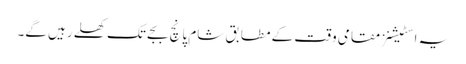
یہ اسٹیشنز مقامی وقت کے مطابق شام پانچ بجے تک کھلے رہیں گے۔